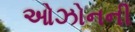
ઓઝોનની